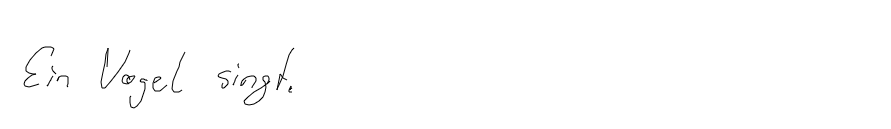
Ein Vogel singt.